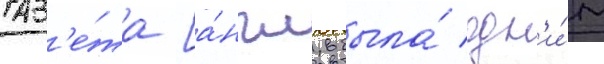
Газ'е́та [а́нгл. была́ одн'и́м